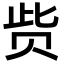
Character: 赀